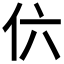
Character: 𠆾